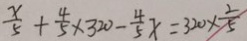
\frac { x } { 5 } + \frac { 4 } { 5 } \times 3 2 0 - \frac { 4 } { 5 } x = 3 2 0 \times \frac { 2 } { 5 }